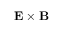
\mathbf { E } \times \mathbf { B }